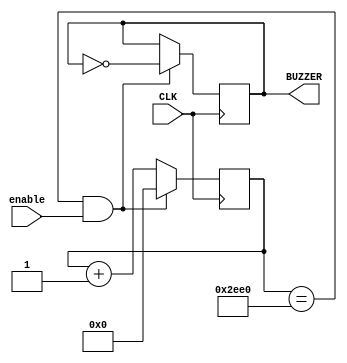
module alarm(
    input CLK,
    input enable,
    output reg BUZZER
    );

reg [25:0] count;

always @(posedge CLK) 
begin
  count <= count + 1;
  if ((count == 26'd12000) & enable) // 1kHz
  begin
    BUZZER <= ~ BUZZER;
    count <= 0;
  end
end

endmodule